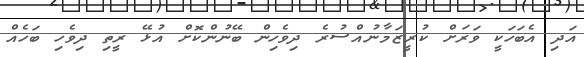
އަދި އެބަހަކީ ވަރަށް ކުރީޒަމާނުއްސުރެ ދިވެހިން ބޭނުންކޮށް އުޅޭ ރީތި ދިވެހި ބަހެއް